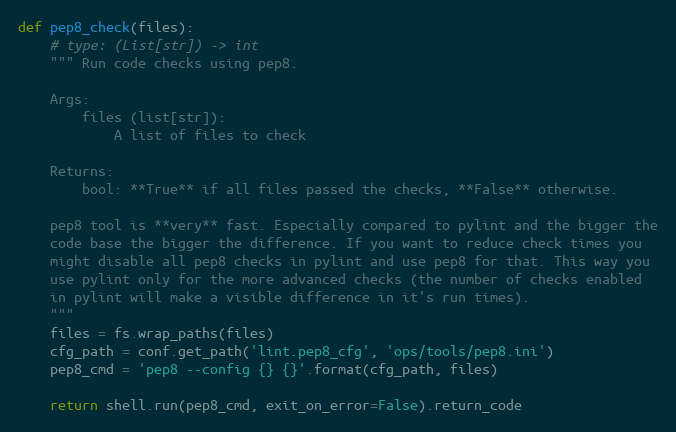
Language: Python
def pep8_check(files):
    # type: (List[str]) -> int
    """ Run code checks using pep8.

    Args:
        files (list[str]):
            A list of files to check

    Returns:
        bool: **True** if all files passed the checks, **False** otherwise.

    pep8 tool is **very** fast. Especially compared to pylint and the bigger the
    code base the bigger the difference. If you want to reduce check times you
    might disable all pep8 checks in pylint and use pep8 for that. This way you
    use pylint only for the more advanced checks (the number of checks enabled
    in pylint will make a visible difference in it's run times).
    """
    files = fs.wrap_paths(files)
    cfg_path = conf.get_path('lint.pep8_cfg', 'ops/tools/pep8.ini')
    pep8_cmd = 'pep8 --config {} {}'.format(cfg_path, files)

    return shell.run(pep8_cmd, exit_on_error=False).return_code